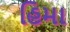
હિમા